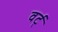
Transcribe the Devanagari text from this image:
वर्ट्